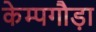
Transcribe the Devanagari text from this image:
केम्पगौड़ा